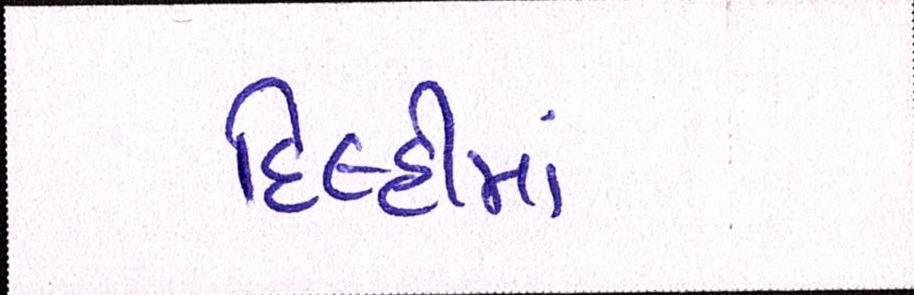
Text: દિલ્હીમાં